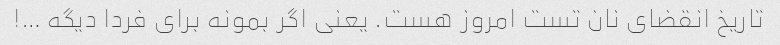
تاریخ انقضای نان تست امروز هست. یعنی اگر بمونه برای فردا دیگه …!